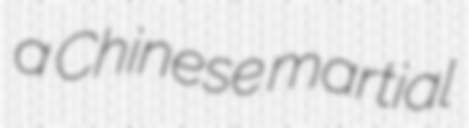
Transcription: a Chinese martial